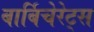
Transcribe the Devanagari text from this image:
बार्बिचेरेट्स